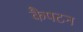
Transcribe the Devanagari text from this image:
कैपटन